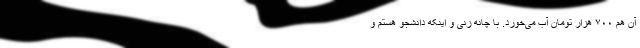
آن هم ۷۰۰ هزار تومان آب می‌خورد. با چانه زنی و اینکه دانشجو هستم و